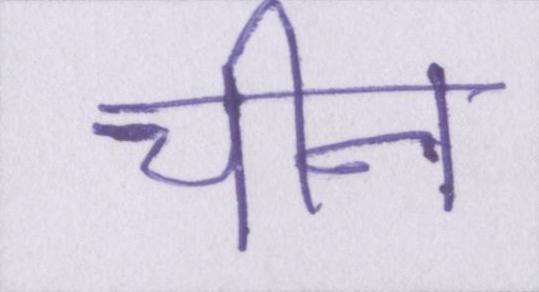
चीन